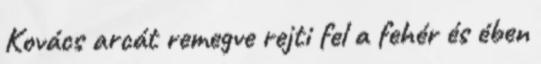
Kovács arcát remegve rejti fel a fehér és ében